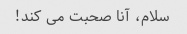
سلام، آنا صحبت می کند!